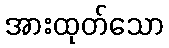
အားထုတ်သော